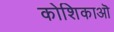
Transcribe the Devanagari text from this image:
कोशिकाऒ